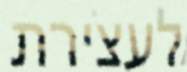
לעצירת